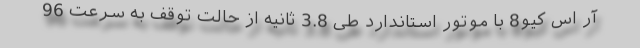
آر اس کیو8 با موتور استاندارد طی 3.8 ثانیه از حالت توقف به سرعت 96